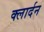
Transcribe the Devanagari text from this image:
क्लार्दन